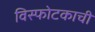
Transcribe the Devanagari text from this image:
विस्फोटकाची